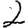
Digit: 2